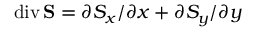
\mathrm { d i v } \, \mathbf { S } = \partial S _ { x } / \partial x + \partial S _ { y } / \partial y